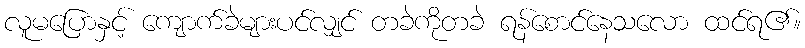
လူမပြောနှင့် ကျောက်ခဲများပင်လျှင် တခဲကိုတခဲ ရန်စောင်နေသလော ထင်ရ၏။